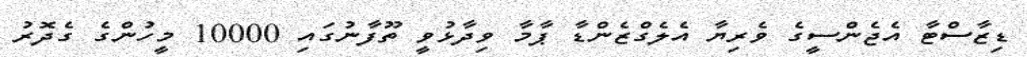
ޑިޒާސްޓާ އެޖެންސީގެ ވެރިޔާ އެލެގްޒެންޑާ ޕާމާ ވިދާޅުވީ ތޫފާނުގައި 10000 މީހުންގެ ގެދޮރު